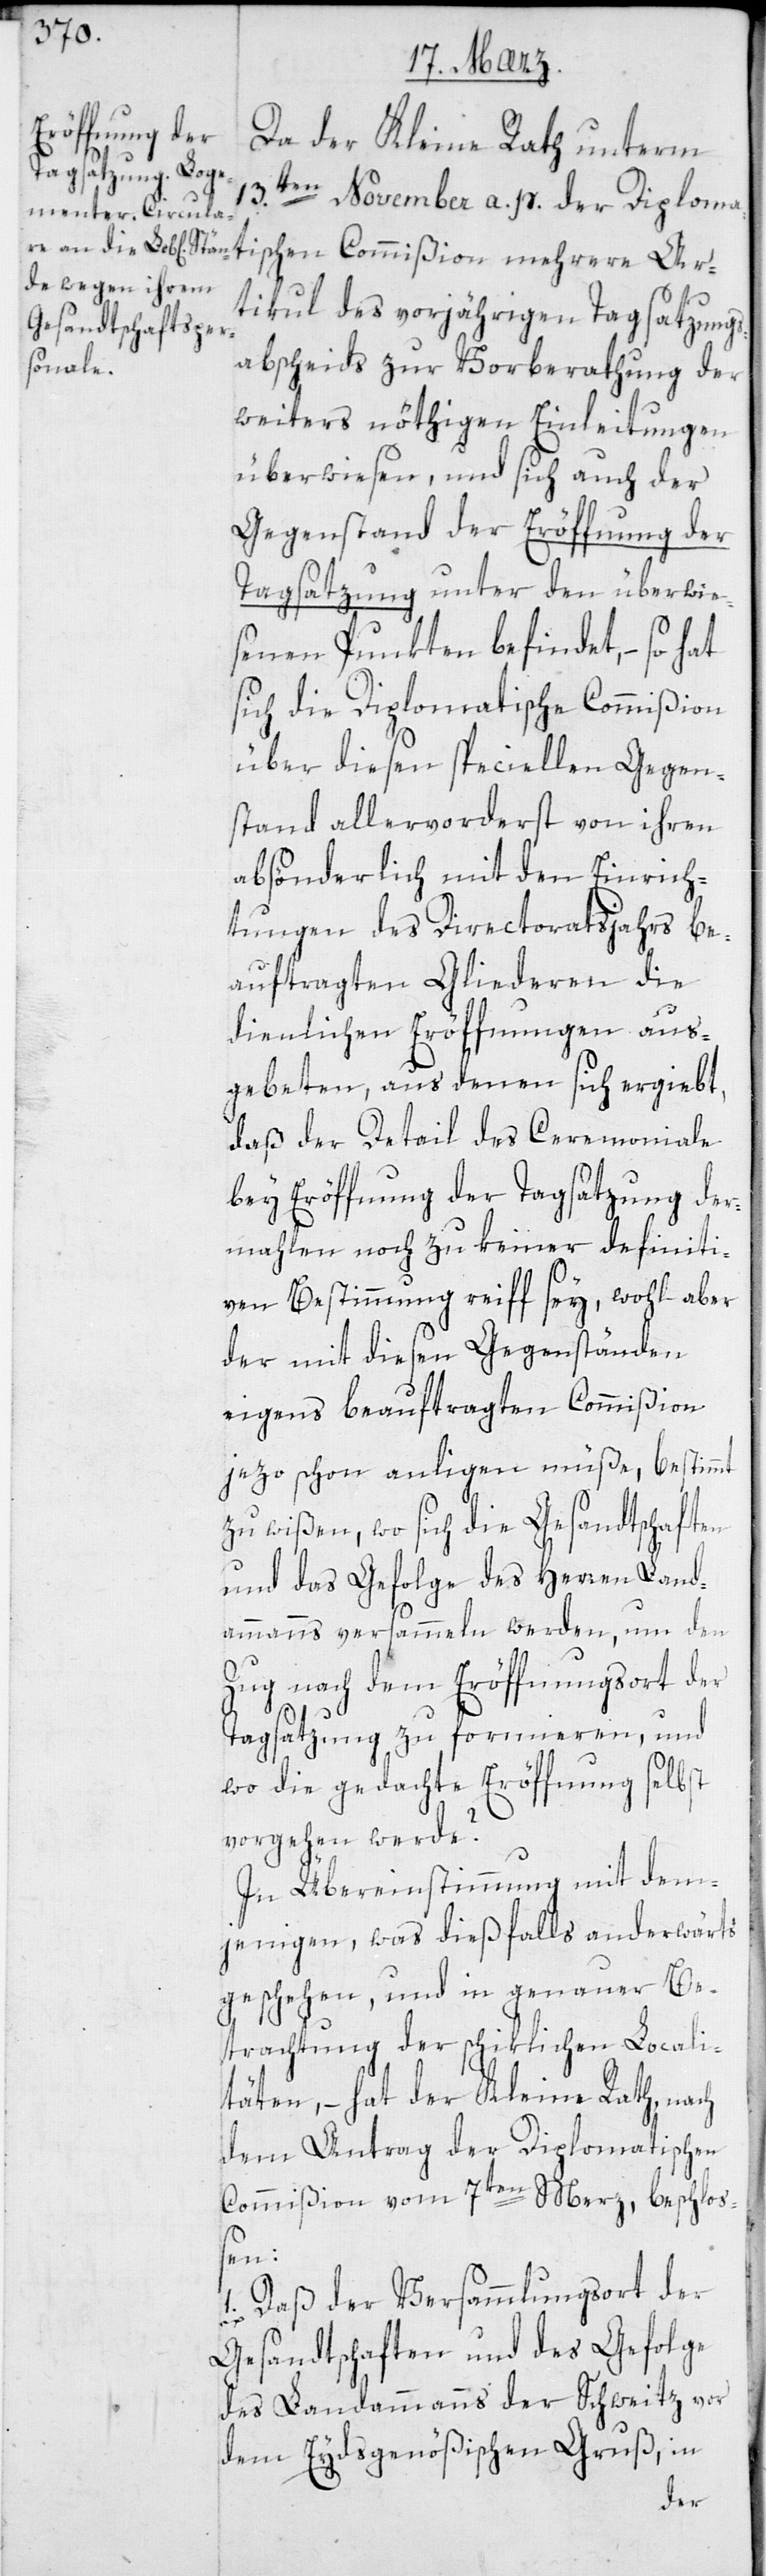
Da der Kleine Rath unterm
13ten November a. p. der Diploma¬
tikul des vorjährigen Tagsatzungs¬
tischen
abscheids zur Vorberathung der
weiters nöthigen Einleitungen
überwiesen, und sich auch der
Gegenstand der Eröffnung der
Tagsatzung unter den überwie¬
senen Punkten befindet, – so hat
sich die Diplomatische Commißion
über diesen speciellen Gegen¬
stand allervorderst von ihren
absönderlich mit den Einrich¬
tungen des Directoratsjahrs be¬
auftragten Gliederen die
dienlichen Eröffnungen aus¬
gebeten, aus denen sich ergiebt,
daß der Detail des Ceremoniale
bey Eröffnung der Tagsatzung der¬
mahlen noch zu keiner definiti¬
ven Bestimmung reiff sey, wohl aber
der mit diesen Gegenständen
eigens beauftragten Commißion
jetzo schon anliegen müße, bestimmt
zu wißen, wo sich die Gesandtschaften
und das Gefolge des Herren Land¬
ammanns versammeln werden, um den
Zug nach dem Eröffnungsort der
Tagsatzung zu formieren, und
wo die gedachte Eröffnung selbst
vorgehen werde?
In Übereinstimmung mit dem¬
jenigen, was diesfalls anderwärts
geschehen, und in genauer Be¬
trachtung der schiklichen Locali¬
täten, – hat der Kleine Rath nach
dem Antrag der Diplomatischen
Commißion vom 7ten Merz, beschloß¬
en:
1. daß der Versammlungsort der
Gesandtschaften und des Gefolge
des Landammanns der Schweitz vor
dem Eydsgenößischen Gruß, in